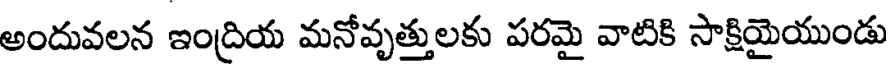
అందువలన ఇంద్రియ మనోవృత్తులకు పరమై వాటికి సాక్షియైయుండు